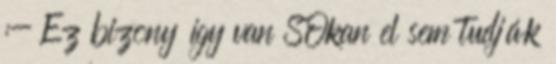
:- Ez bizony í­gy van SOkan el sem tudják